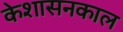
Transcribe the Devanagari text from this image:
केशासनकाल